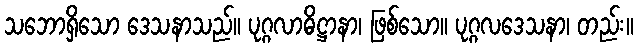
သဘောရှိသော ဒေသနာသည်။ ပုဂ္ဂလာဓိဋ္ဌာနာ၊ ဖြစ်သော။ ပုဂ္ဂလဒေသနာ၊ တည်း။